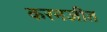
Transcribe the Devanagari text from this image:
करनजीत